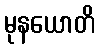
မုနယောတိ